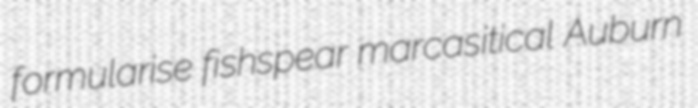
formularise fishspear marcasitical Auburn